Plague in India, 1896, 1897 - Volume 3
Year: 1896
Disease focus: Plague
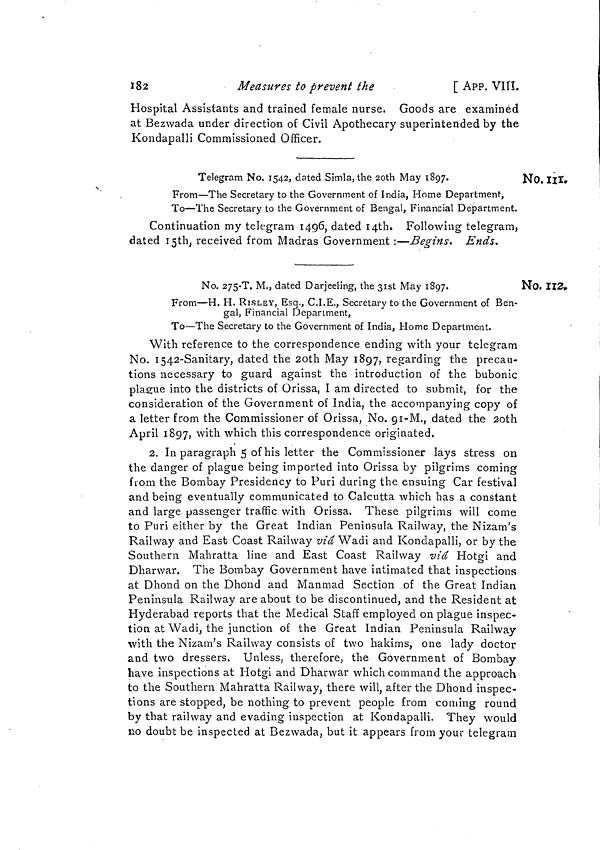
182
Measures to prevent the
[ APP. VIII.
Hospital Assistants and trained female nurse. Goods are examined
at Bezwada under direction of Civil Apothecary superintended by the
Kondapalli Commissioned Officer.
No. III
Telegram No. 1542, dated Simla, the 20th May 1897.
From—The Secretary to the Government of India, Home Department,
To—The Secretary to the Government of Bengal, Financial Department.
Continuation my telegram 1496, dated 14th. Following telegram,
dated 15th, received from Madras Government :—Begins. Ends.
No. 112.
No. 275-T. M., dated Darjeeling, the 31st May 1897.
From—H. H. RISLEY, Esq., C.I.E., Secretary to the Government of Ben-
gal, Financial Department,
To—The Secretary to the Government of India, Home Department.
With reference to the correspondence ending with your telegram
No. 1542-Sanitary, dated the 2oth May 1897, regarding the precau-
tions necessary to guard against the introduction of the bubonic
plague into the districts of Orissa, I am directed to submit, for the
consideration of the Government of India, the accompanying copy of
a letter from the Commissioner of Orissa, No. 91-M., dated the 20th
April 1897, with which this correspondence originated.
2. In paragraph 5 of his letter the Commissioner lays stress on
the danger of plague being imported into Orissa by pilgrims coming
from the Bombay Presidency to Puri during the ensuing Car festival
and being eventually communicated to Calcutta which has a constant
and large passenger traffic with Orissa. These pilgrims will come
to Puri either by the Great Indian Peninsula Railway, the Nizam's
Railway and East Coast Railway via Wadi and Kondapalli, or by the
Southern Mahratta line and East Coast Railway via Hotgi and
Dharwar. The Bombay Government have intimated that inspections
at Dhond on the Dhond and Manmad Section of the Great Indian
Peninsula Railway are about to be discontinued, and the Resident at
Hyderabad reports that the Medical Staff employed on plague inspec-
tion at Wadi, the junction of the Great Indian Peninsula Railway
with the Nizam's Railway consists of two hakims, one lady doctor
and two dressers. Unless, therefore, the Government of Bombay
have inspections at Hotgi and Dharwar which command the approach
to the Southern Mahratta Railway, there will, after the Dhond inspec-
tions are stopped, be nothing to prevent people from coming round
by that railway and evading inspection at Kondapalli. They would
no doubt be inspected at Bezwada, but it appears from your telegram